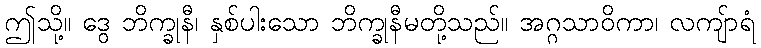
ဤသို့။ ဒွေ ဘိက္ခုနီ၊ နှစ်ပါးသော ဘိက္ခုနီမတို့သည်။ အဂ္ဂသာဝိကာ၊ လကျ်ာရံ